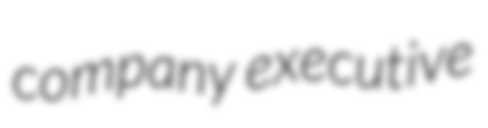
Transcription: company executive